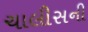
ચાલીસની